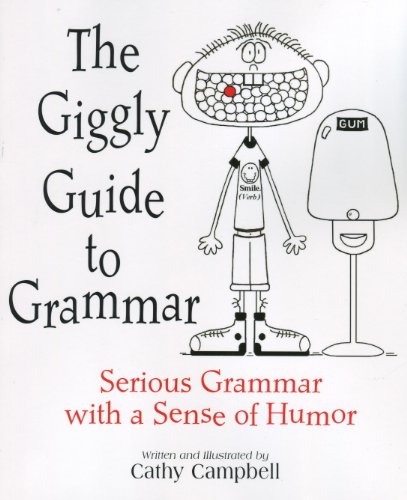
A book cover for The Giggly Guide to Grammar Student Edition; Cathy Campbell; Reference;